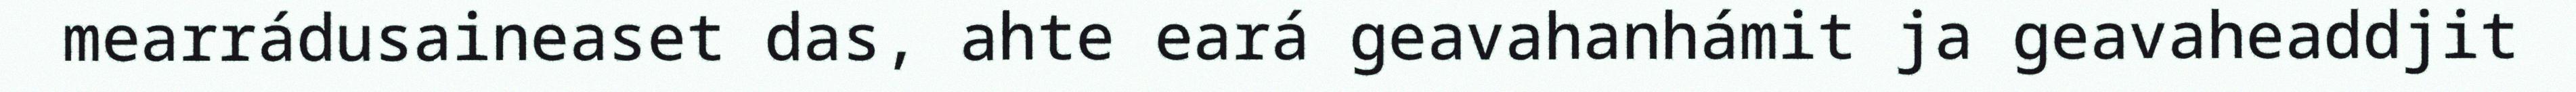
mearrádusaineaset das, ahte eará geavahanhámit ja geavaheaddjit